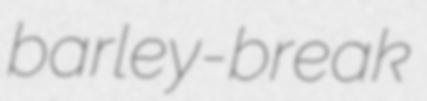
barley-break